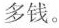
多钱。